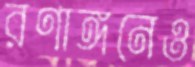
রণাঙ্গনেও